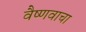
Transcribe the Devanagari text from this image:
वैष्णवाचा